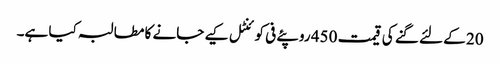
20 کے لئے گنے کی قیمت 450 روپئے فی کوئنٹل کیے جانے کا مطالبہ کیا ہے۔